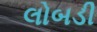
લોબડી